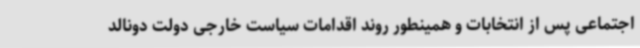
اجتماعی پس از انتخابات و همینطور روند اقدامات سیاست خارجی دولت دونالد